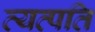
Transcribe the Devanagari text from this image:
व्यत्पति